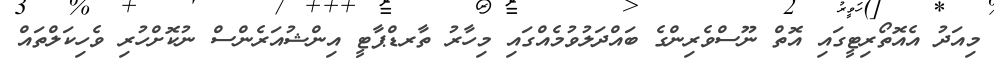
މިއަދު އެއޮތޯރިޓީގައި އޮތް ނޫސްވެރިންގެ ބައްދަލުވުމެއްގައި މިހާރު ތާރޑްޕާޓީ އިންޝުއަރެންސް ނުކޮށްހުރި ވެހިކަލްތައް